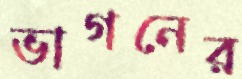
ভাগনের